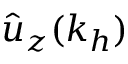
\hat { u } _ { z } ( k _ { h } )